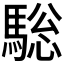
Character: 𩣭